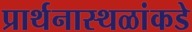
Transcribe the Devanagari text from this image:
प्रार्थनास्थळांकडे